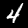
Digit: 4